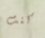
كنت